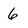
Character: 6